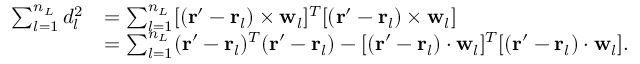
\begin{array} { r l } { \sum _ { l = 1 } ^ { n _ { L } } d _ { l } ^ { 2 } } & { = \sum _ { l = 1 } ^ { n _ { L } } [ ( \mathbf { r } ^ { \prime } - \mathbf { r } _ { l } ) \times \mathbf { w } _ { l } ] ^ { T } [ ( \mathbf { r } ^ { \prime } - \mathbf { r } _ { l } ) \times \mathbf { w } _ { l } ] } \\ & { = \sum _ { l = 1 } ^ { n _ { L } } ( \mathbf { r } ^ { \prime } - \mathbf { r } _ { l } ) ^ { T } ( \mathbf { r } ^ { \prime } - \mathbf { r } _ { l } ) - [ ( \mathbf { r } ^ { \prime } - \mathbf { r } _ { l } ) \cdot \mathbf { w } _ { l } ] ^ { T } [ ( \mathbf { r } ^ { \prime } - \mathbf { r } _ { l } ) \cdot \mathbf { w } _ { l } ] . } \end{array}